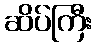
ဆိပ်ကြီး